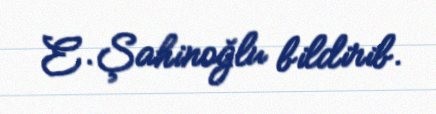
E.Şahinoğlu bildirib.